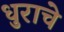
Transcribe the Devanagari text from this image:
धुराचे